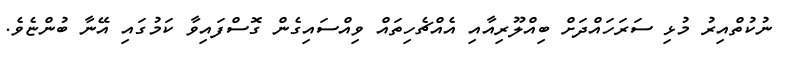
ނުކުތްއިރު މުޅި ސަރަހައްދަށް ބިއްލޫރިއާއި އެއްޗެހިތައް ވިއްސައިގެން ގޮސްފައިވާ ކަމުގައި އޭނާ ބުންޏެވެ.